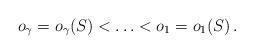
LaTeX: \begin{align*} o_\gamma=o_\gamma(S)<\ldots<o_1=o_1(S)\, . \end{align*}